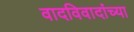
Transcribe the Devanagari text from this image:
वादविवादांच्या